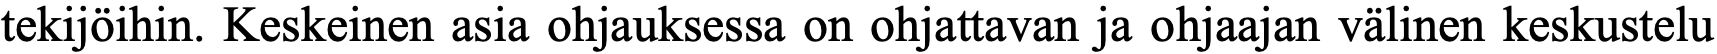
tekijöihin. Keskeinen asia ohjauksessa on ohjattavan ja ohjaajan välinen keskustelu